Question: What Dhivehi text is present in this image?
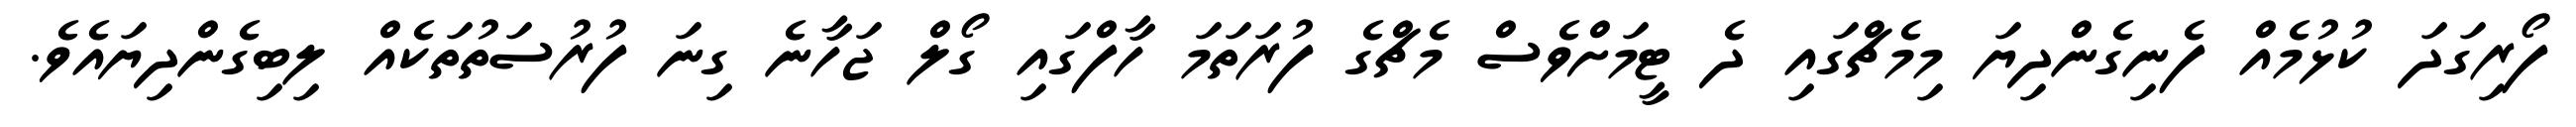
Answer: ފޯރިގަދަ ކުޅުމެއް ފެނިގެންދިޔަ މިމެޗްގައި ދެ ޓީމަށްވެސް މެޗްގެ ފުރަތަމަ ހާފްގައި ގޯލް ޖަހާނެ ގިނަ ފުރުސަތުތަކެއް ލިބިގެންދިޔައެވެ.